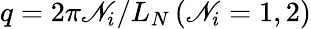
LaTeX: q=2\pi\mathscr{N}_{i}/L_{N}\, (\mathscr{N}_{i}=1,2)